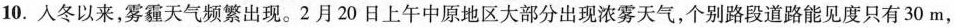
10.入冬以来，雾霾天气频繁出现。2月20日上午中原地区大部分出现浓雾天气，个别路段道路能见度只有30m，